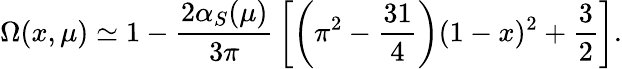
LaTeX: \Omega(x,\mu)\simeq 1-{\frac{2\alpha_{S}(\mu)}{3\pi}}\left[\left(\pi^{2}-{\frac{31}{4}}\right)(1-x)^{2}+{\frac{3}{2}}\right].